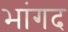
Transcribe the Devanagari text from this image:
भांगद